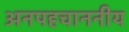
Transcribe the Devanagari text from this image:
अनपहचाननीय